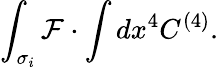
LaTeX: \int_{\sigma_{i}}{\cal F}\cdot\int dx^{4}C^{(4)}.